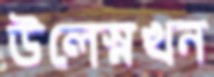
উলেস্নখন